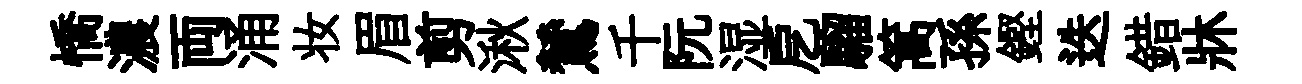
憍濃両涌妆眉剪湫鷥千阮湿戹騮篙孫鏗迭錯牀